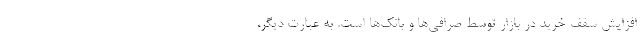
افزایش سقف خرید در بازار توسط صرافی‌ها و بانک‌ها است. به عبارت دیگر،